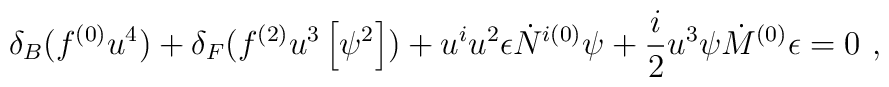
\delta_B ( f^{(0)} u^4 ) + \delta_F (  f^{(2)} u^3 \left[ \psi^2 \right] )+ u^i u^2 \epsilon \dot{N}^{i(0)} \psi+ \frac{i}{2} u^3 \psi  \dot{M}^{(0)} \epsilon=0 ~,